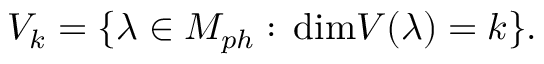
{ \cal V } _ { k } = \{ \lambda \in { \cal M } _ { p h } : \, \mathrm { d i m } V ( \lambda ) = k \} .